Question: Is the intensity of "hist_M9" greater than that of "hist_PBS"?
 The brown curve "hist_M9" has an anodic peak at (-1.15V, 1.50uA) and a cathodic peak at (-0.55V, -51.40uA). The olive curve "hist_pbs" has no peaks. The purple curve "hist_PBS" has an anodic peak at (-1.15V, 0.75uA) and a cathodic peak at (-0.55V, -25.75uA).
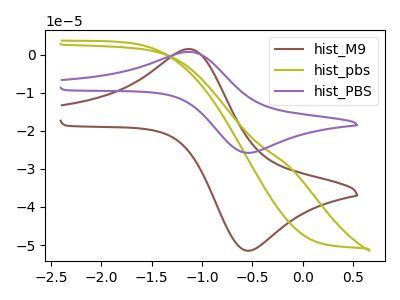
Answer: <think>All the peaks in "hist_M9" have a peak in "hist_PBS" at the same potential. Every peak in "hist_M9" is higher than every peak in "hist_PBS".
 </think>
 <answer>"hist_M9" has more signal than "hist_PBS".</answer>
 <eval>more_signal</eval>